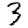
Digit: 3